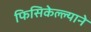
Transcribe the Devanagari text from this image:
फिसिकेल्ल्याने